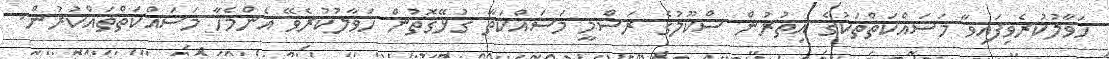
ހަވާލުކުރެވިފައިވާ މަސައްކަތްތަކުގެ އިތުރުން ސްކޫލުގެ ރަސްމީ މަސައްކަތާ ގުޅޭގޮތުން ހަވާލުކުރެވޭ އެންމެހާ މަސައްކަތްތައްކުރުން.